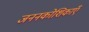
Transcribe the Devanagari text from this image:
जननकोशिकाएँ